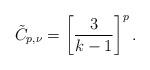
LaTeX: \begin{align*}\tilde C_{p,\nu} =\left[3\over k-1\right]^p.\end{align*}